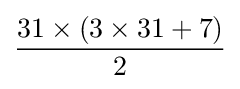
{\frac {31\times (3\times 31+7)}{2}}